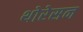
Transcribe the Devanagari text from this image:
थोरेसन